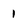
Character: 1